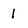
Character: 1